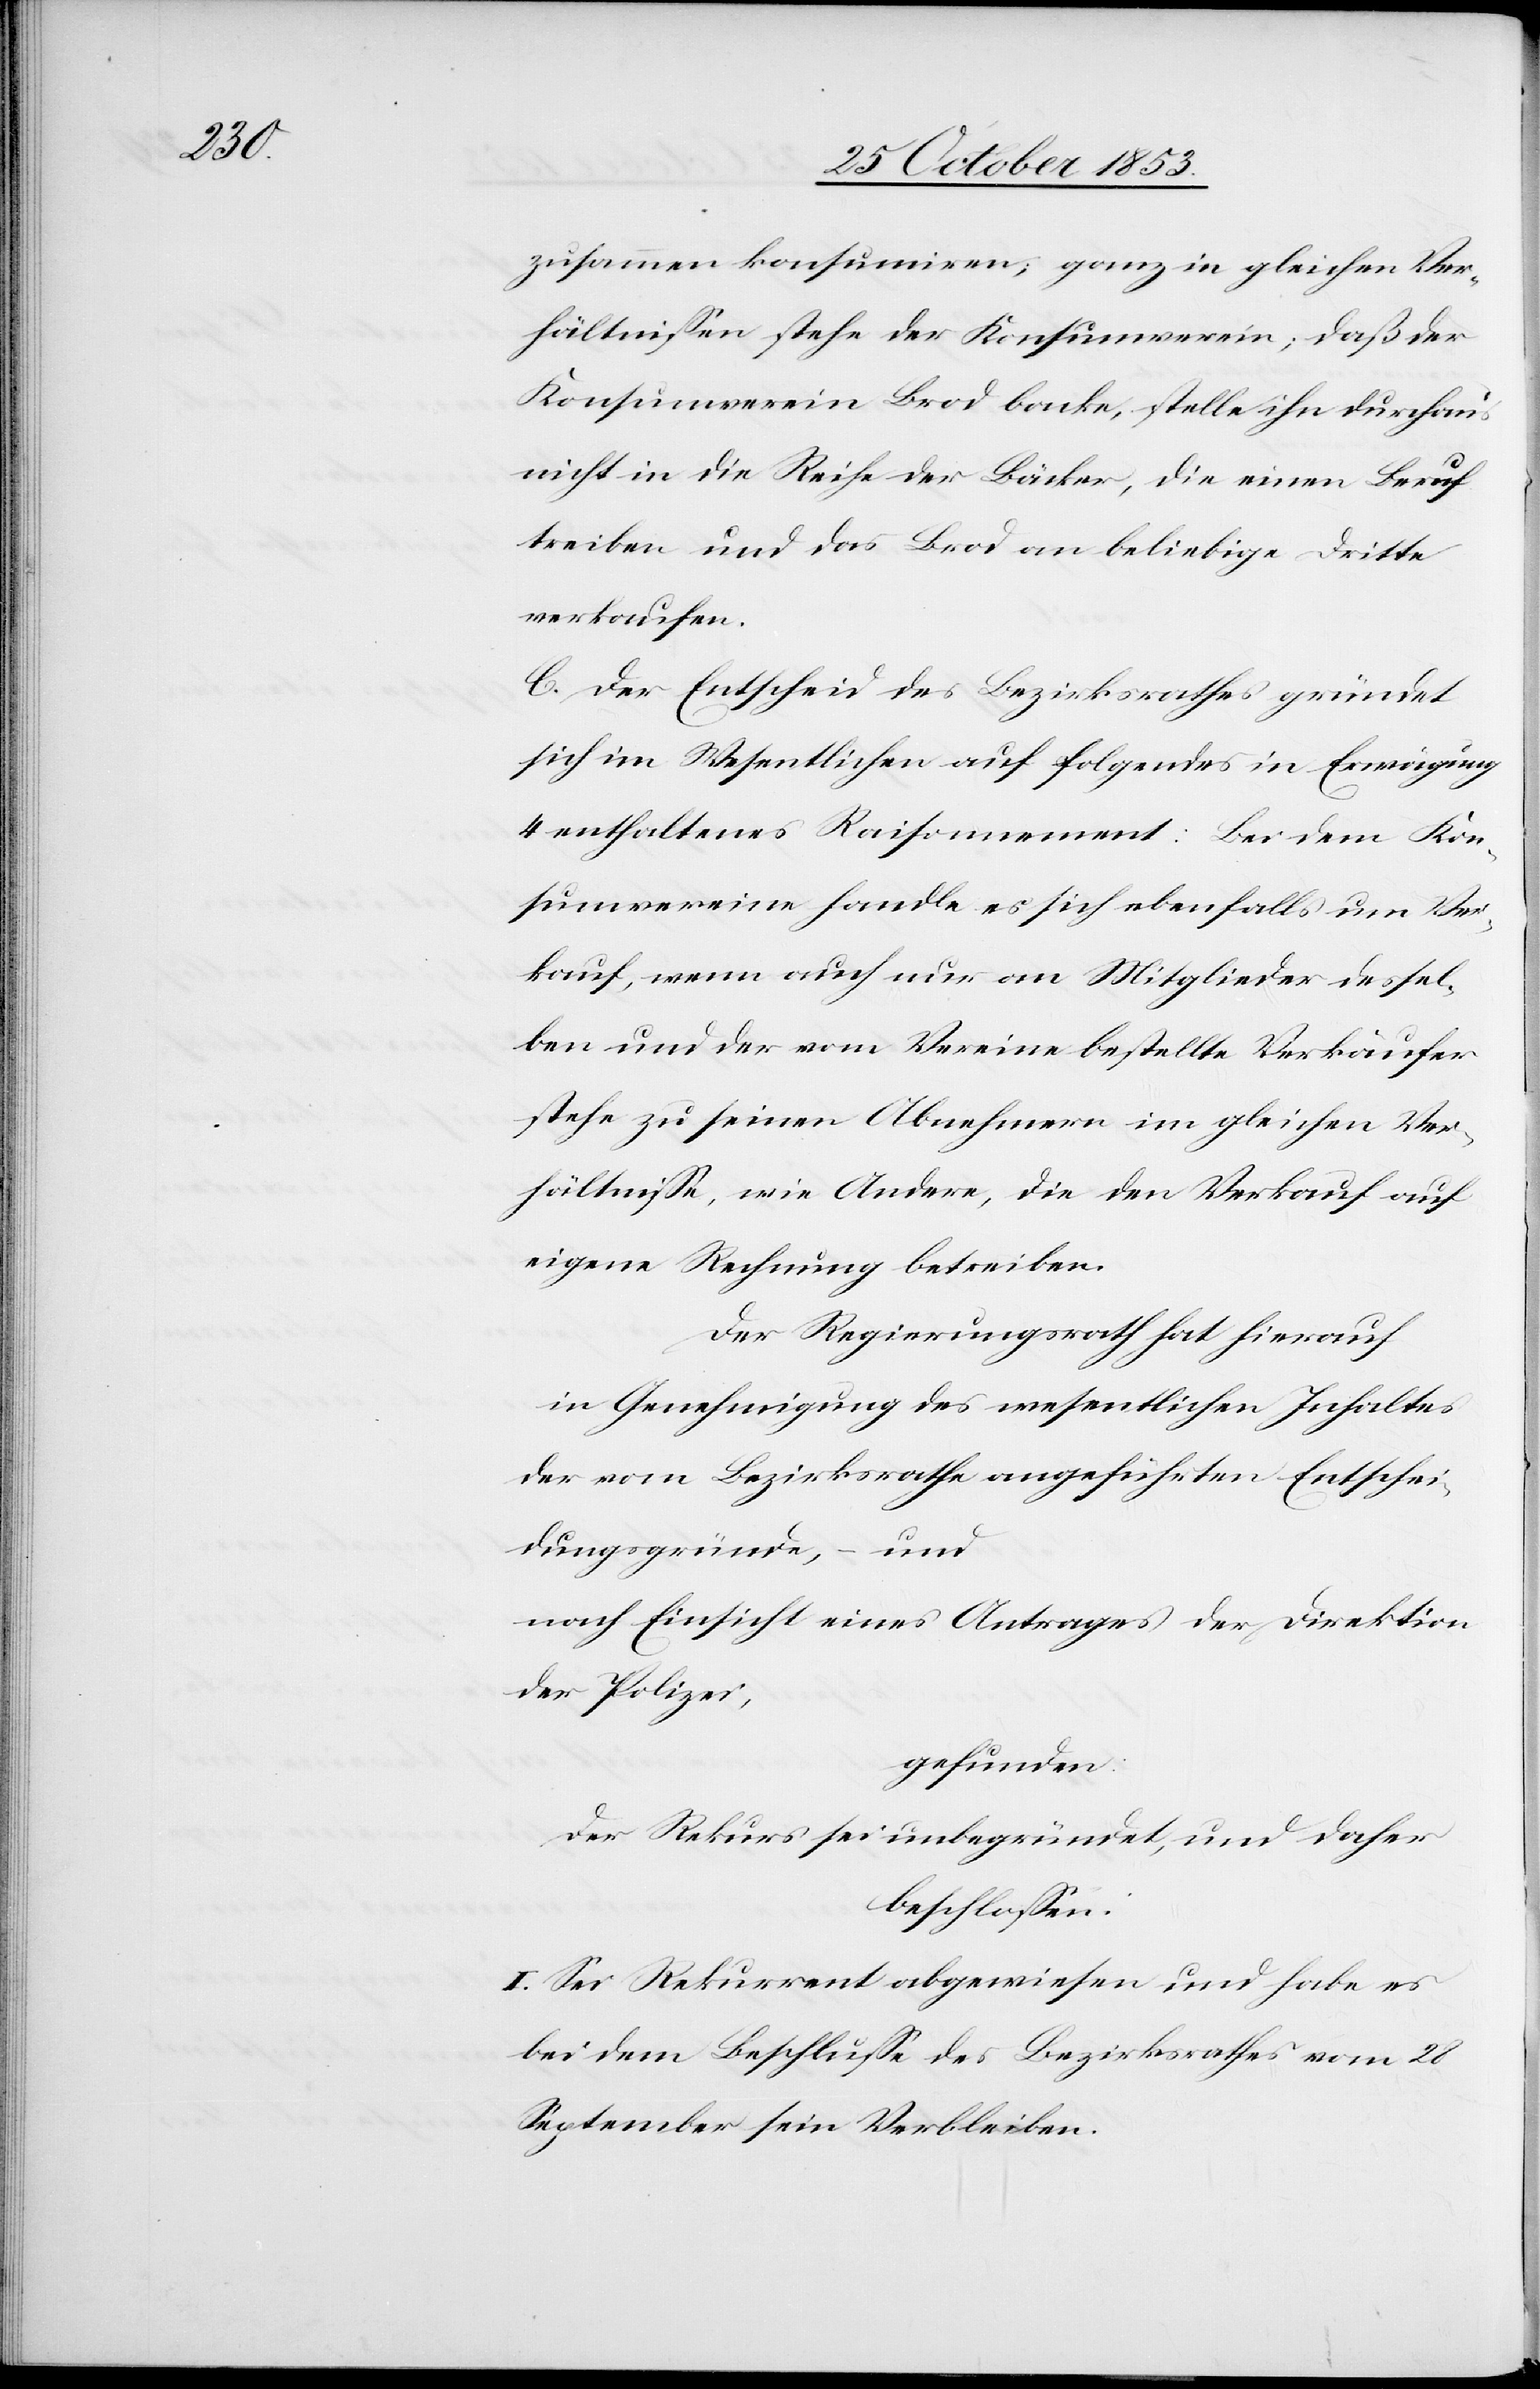
zusammen konsumiren, ganz in gleichen Ver¬
hältnißen stehe der Konsumverein; daß der
Konsumverein Brod backe, stelle ihn durchaus
nicht in die Reihe der Bäcker, die einen Beruf
treiben und das Brod an beliebige Dritte
verkaufen.
C. Der Entscheid des Bezirksrathes gründet
sich im Wesentlichen auf folgendes in Erwägung
4 enthaltenes Raisonnement: Bei dem Kon¬
sumvereine handle es sich ebenfalls um Ver¬
kauf, wenn auch nur an Mitglieder dessel¬
ben und der vom Vereine bestellte Verkäufer
stehe zu seinen Abnehmern im gleichen Ver¬
hältniße, wie Andere, die den Verkauf auf
eigene Rechnung betreiben.
Der Regierungsrath hat hierauf
in Genehmigung des wesentlichen Inhaltes
der vom Bezirksrathe angeführten Entschei¬
dungsgründe, – und
nach Einsicht eines Antrages der Direktion
der Polizei,
gefunden:
Der Rekurs sei unbegründet, und daher
beschloßen:
I. Sei Rekurrent abgewiesen und habe es
bei dem Beschluße des Bezirksrathes vom 28
September sein Verbleiben.